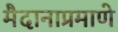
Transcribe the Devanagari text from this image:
मैदानाप्रमाणे